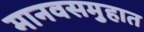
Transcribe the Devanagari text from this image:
मानवसमुहात